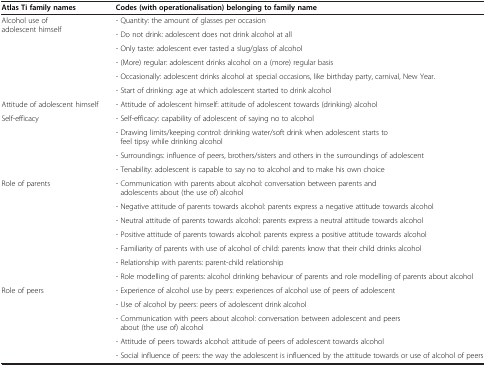
<table><thead><tr><td><b>Atlas Ti family names</b></td><td><b>Codes (with operationalisation) belonging to family name</b></td></tr></thead><tbody><tr><td rowspan="6">Alcohol use of adolescent himself</td><td>- Quantity: the amount of glasses per occasion</td></tr><tr><td>- Do not drink: adolescent does not drink alcohol at all</td></tr><tr><td>- Only taste: adolescent ever tasted a slug/glass of alcohol</td></tr><tr><td>- (More) regular: adolescent drinks alcohol on a (more) regular basis</td></tr><tr><td>- Occasionally: adolescent drinks alcohol at special occasions, like birthday party, carnival, New Year.</td></tr><tr><td>- Start of drinking: age at which adolescent started to drink alcohol</td></tr><tr><td>Attitude of adolescent himself</td><td>- Attitude of adolescent himself: attitude of adolescent towards (drinking) alcohol</td></tr><tr><td rowspan="4">Self-efficacy</td><td>- Self-efficacy: capability of adolescent of saying no to alcohol</td></tr><tr><td>- Drawing limits/keeping control: drinking water/soft drink when adolescent starts to feel tipsy while drinking alcohol</td></tr><tr><td>- Surroundings: influence of peers, brothers/sisters and others in the surroundings of adolescent</td></tr><tr><td>- Tenability: adolescent is capable to say no to alcohol and to make his own choice</td></tr><tr><td rowspan="7">Role of parents</td><td>- Communication with parents about alcohol: conversation between parents and adolescents about (the use of) alcohol</td></tr><tr><td>- Negative attitude of parents towards alcohol: parents express a negative attitude towards alcohol</td></tr><tr><td>- Neutral attitude of parents towards alcohol: parents express a neutral attitude towards alcohol</td></tr><tr><td>- Positive attitude of parents towards alcohol: parents express a positive attitude towards alcohol</td></tr><tr><td>- Familiarity of parents with use of alcohol of child: parents know that their child drinks alcohol</td></tr><tr><td>- Relationship with parents: parent-child relationship</td></tr><tr><td>- Role modelling of parents: alcohol drinking behaviour of parents and role modelling of parents about alcohol</td></tr><tr><td rowspan="5">Role of peers</td><td>- Experience of alcohol use by peers: experiences of alcohol use of peers of adolescent</td></tr><tr><td>- Use of alcohol by peers: peers of adolescent drink alcohol</td></tr><tr><td>- Communication with peers about alcohol: conversation between adolescent and peers about (the use of) alcohol</td></tr><tr><td>- Attitude of peers towards alcohol: attitude of peers of adolescent towards alcohol</td></tr><tr><td>- Social influence of peers: the way the adolescent is influenced by the attitude towards or use of alcohol of peers</td></tr></tbody></table>